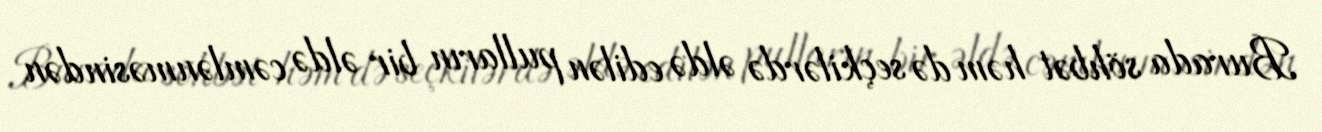
Burada söhbət həm də seçkilərdə əldə edilən pulların bir əldə cəmlənməsindən